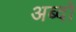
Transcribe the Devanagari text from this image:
अब्दों